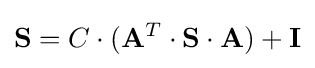
{\mathbf {S} }=C\cdot (\mathbf {A} ^{T}\cdot {\mathbf {S} }\cdot {\mathbf {A} })+{\mathbf {I} }